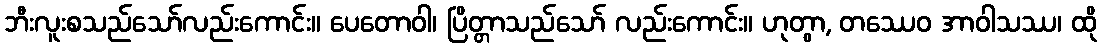
ဘီးလူးစသည်သော်လည်းကောင်း။ ပေတောဝါ၊ ပြိတ္တာသည်သော် လည်းကောင်း။ ဟုတွာ, တဿေဝ အာဝါသဿ၊ ထို